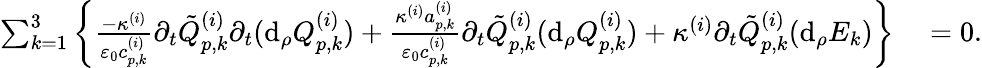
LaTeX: \begin{array}{rl}{\sum_{k=1}^{3}\left\{ \frac{-\kappa^{(i)}}{\varepsilon_{0}c_{p,k}^{(i)}}\partial_{t}\tilde{Q}_{p,k}^{(i)}\partial_{t}(\mathrm{d}_{\rho}Q_{p,k}^{(i)})+\frac{\kappa^{(i)}a_{p,k}^{(i)}}{\varepsilon_{0}c_{p,k}^{(i)}}\partial_{t}\tilde{Q}_{p,k}^{(i)}(\mathrm{d}_{\rho}Q_{p,k}^{(i)})+\kappa^{(i)}\partial_{t}\tilde{Q}_{p,k}^{(i)}(\mathrm{d}_{\rho}E_{k})\right\} }&{{}=0.}\end{array}